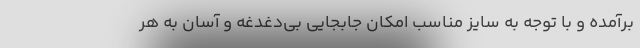
برآمده و با توجه به سایز مناسب امکان جابجایی بی‌دغدغه و آسان به هر